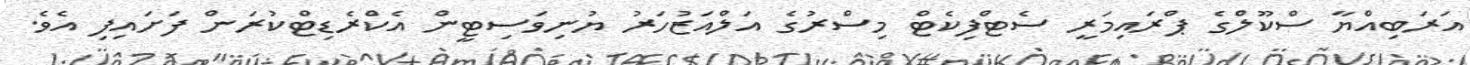
އަރަބިއްޔާ ސްކޫލްގެ ޕްރައިމަރީ ސެޓްފިކެޓް މިސްރުގެ އަލްއަޒުހަރު ޔުނިވަސިޓީން އެކްރެޑިޓްކުރަން ފަށައިފި އެވެ.